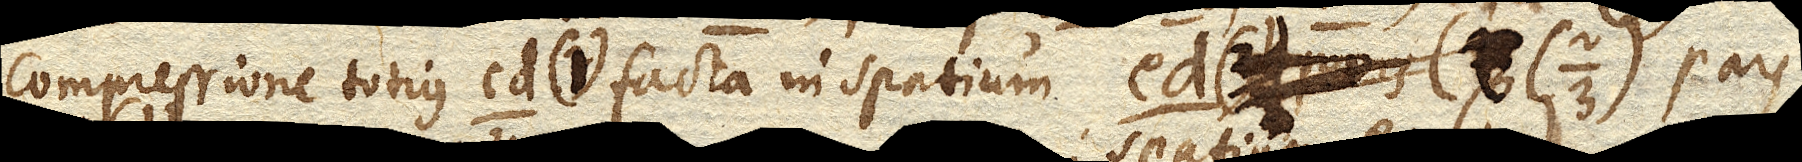
compressione totius cd. (1) facta in spatium ed. pars